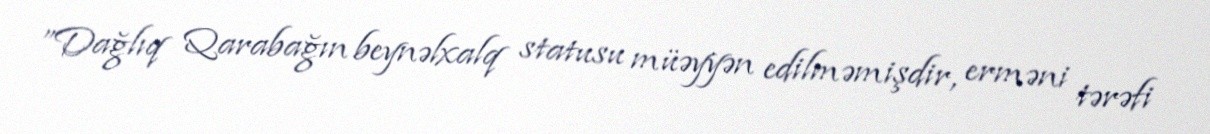
”Dağlıq Qarabağın beynəlxalq statusu müəyyən edilməmişdir, erməni tərəfi